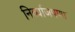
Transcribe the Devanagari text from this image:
निर्व्याजपणा